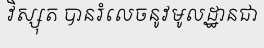
វិស្សុត បានរំលេចនូវមូលដ្ឋានជា